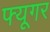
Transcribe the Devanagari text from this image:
फ्यूगर